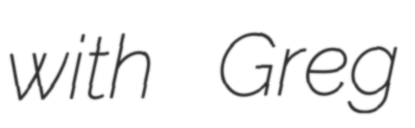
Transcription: with Greg